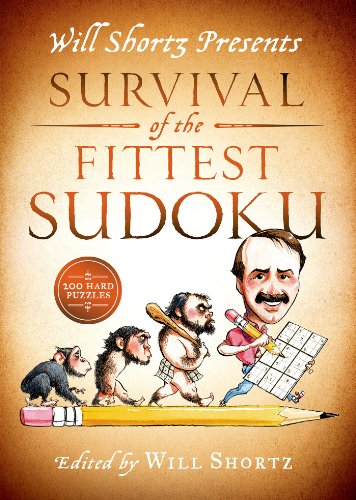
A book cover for Will Shortz Presents Survival of the Fittest Sudoku: 200 Hard Puzzles; Humor & Entertainment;